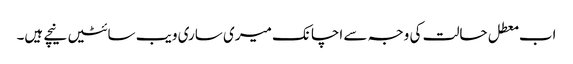
اب معطل حالت کی وجہ سے اچانک میری ساری ویب سائٹیں نیچے ہیں۔